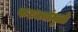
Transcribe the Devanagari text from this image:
फटक्यांमुळे